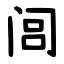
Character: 闾